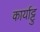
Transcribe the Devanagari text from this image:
कार्याट्टु